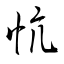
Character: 忼